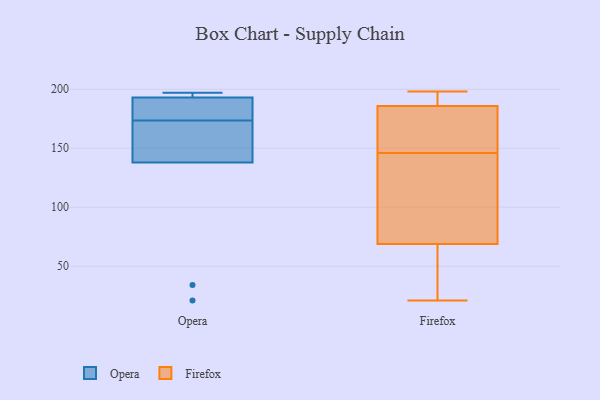
{"axis": {"x": "Production Output", "y": "Value"}, "legend": ["Firefox", "Opera"], "data": [{"x": "", "y": 21, "type": "Opera"}, {"x": "", "y": 34, "type": "Opera"}, {"x": "", "y": 197, "type": "Opera"}, {"x": "", "y": 194, "type": "Opera"}, {"x": "", "y": 167, "type": "Opera"}, {"x": "", "y": 189, "type": "Opera"}, {"x": "", "y": 193, "type": "Opera"}, {"x": "", "y": 138, "type": "Opera"}, {"x": "", "y": 180, "type": "Opera"}, {"x": "", "y": 140, "type": "Opera"}, {"x": "", "y": 187, "type": "Firefox"}, {"x": "", "y": 140, "type": "Firefox"}, {"x": "", "y": 190, "type": "Firefox"}, {"x": "", "y": 62, "type": "Firefox"}, {"x": "", "y": 191, "type": "Firefox"}, {"x": "", "y": 153, "type": "Firefox"}, {"x": "", "y": 55, "type": "Firefox"}, {"x": "", "y": 198, "type": "Firefox"}, {"x": "", "y": 111, "type": "Firefox"}, {"x": "", "y": 89, "type": "Firefox"}, {"x": "", "y": 146, "type": "Firefox"}, {"x": "", "y": 157, "type": "Firefox"}, {"x": "", "y": 182, "type": "Firefox"}, {"x": "", "y": 21, "type": "Firefox"}, {"x": "", "y": 30, "type": "Firefox"}]}